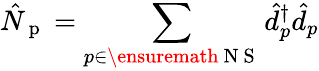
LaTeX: \hat{N}_{\mathrm{~p~}}=\sum_{p\in\ensuremath{\mathrm{~N~S~}}}\hat{d}_{p}^{\dagger}\hat{d}_{p}